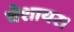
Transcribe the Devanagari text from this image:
चेशायर।